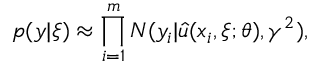
{ p ( y | \xi ) } \approx \prod _ { i = 1 } ^ { m } N ( y _ { i } | \hat { u } ( x _ { i } , \xi ; \theta ) , \gamma ^ { 2 } ) ,